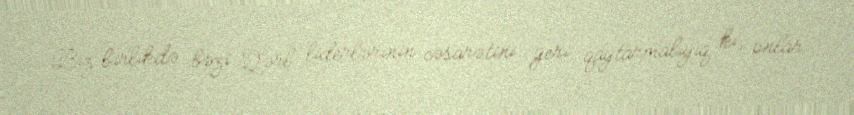
Biz birlikdə bəzi Qərb liderlərinin cəsarətini geri qaytarmalıyıq ki, onlar